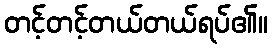
တင့်တင့်တယ်တယ်ရပ်၏။